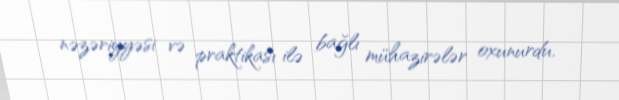
nəzəriyyəsi və praktikası ilə bağlı mühazirələr oxunurdu.